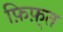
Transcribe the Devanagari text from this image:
फ़िफ़्त